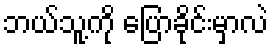
ဘယ်သူ့ကို ပြောခိုင်းမှာလဲ